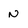
Character: n